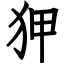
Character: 狎